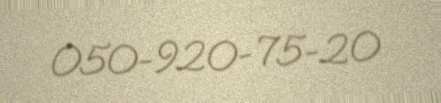
050-920-75-20